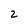
Character: 2